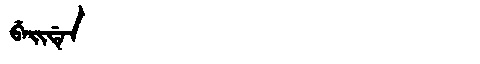
Manchu: ᠪᡝᡳᡩᡝᠨ
Romanization: BEIDEN